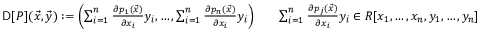
\begin{array} { r l r } { \mathsf { D } [ P ] ( \vec { x } , \vec { y } ) : = \left( \sum _ { i = 1 } ^ { n } \frac { \partial p _ { 1 } ( \vec { x } ) } { \partial x _ { i } } y _ { i } , \hdots , \sum _ { i = 1 } ^ { n } \frac { \partial p _ { n } ( \vec { x } ) } { \partial x _ { i } } y _ { i } \right) } & { } & { \sum _ { i = 1 } ^ { n } \frac { \partial p _ { j } ( \vec { x } ) } { \partial x _ { i } } y _ { i } \in R [ x _ { 1 } , \hdots , x _ { n } , y _ { 1 } , \hdots , y _ { n } ] } \end{array}